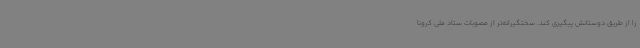
را از طریق دوستانش پیگیری کند. سختگیرانه‌تر از مصوبات ستاد ملی کرونا